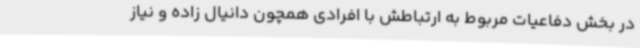
در بخش دفاعیات مربوط به ارتباطش با افرادی همچون دانیال زاده و نیاز